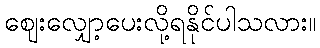
ဈေးလျှော့ပေးလို့ရနိုင်ပါသလား။